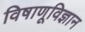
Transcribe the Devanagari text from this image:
विषाणूविज्ञान